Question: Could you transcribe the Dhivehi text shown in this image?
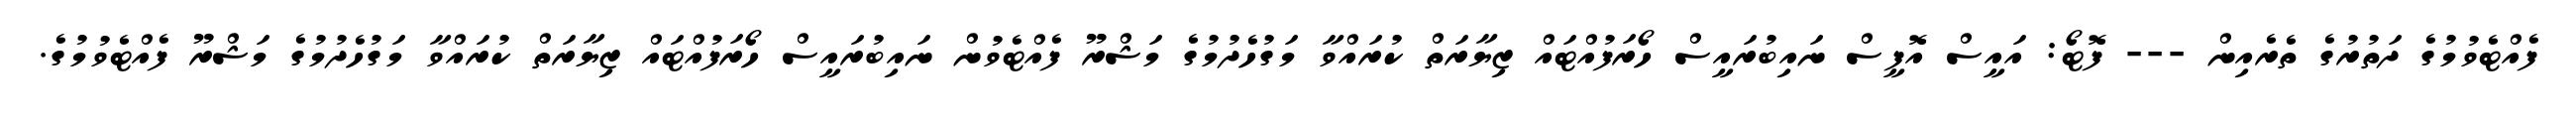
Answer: ފެއްޓެވުމުގެ ދަތުރުގެ ތެރެއިން --- ފޮޓޯ: އައީސް އޮފީސް ނައިބުރައީސް ހޯރަފުއްޓައް ޒިޔާރަތް ކުރައްވާ މަގުހެދުމުގެ މަޝްރޫ ފެއްޓެވުން ނައިބުރައީސް ހޯރަފުއްޓައް ޒިޔާރަތް ކުރައްވާ މަގުހެދުމުގެ މަޝްރޫ ފެއްޓެވުމުގެ.